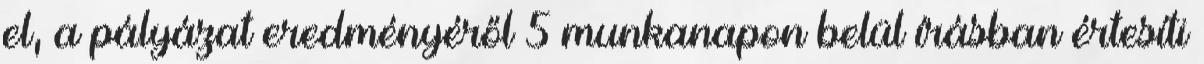
el, a pályázat eredményéről 5 munkanapon belül írásban értesíti